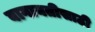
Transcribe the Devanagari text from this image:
बागायतीसाठी